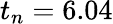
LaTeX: t_{n}=6.04